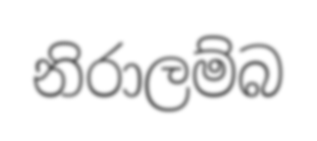
නිරාලම්බ